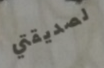
لصديقتي